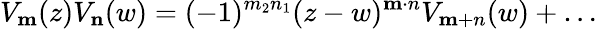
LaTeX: V_{\mathbf m}(z)V_{\mathbf n}(w)=(-1)^{m_{2}n_{1}}(z-w)^{\mathbf m\cdot n}V_{\mathbf m+n}(w)+\ldots